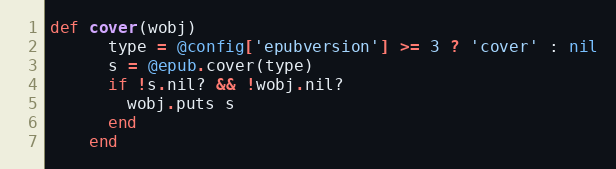
Language: Ruby
def cover(wobj)
      type = @config['epubversion'] >= 3 ? 'cover' : nil
      s = @epub.cover(type)
      if !s.nil? && !wobj.nil?
        wobj.puts s
      end
    end